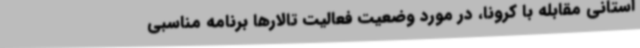
استانی مقابله با کرونا، در مورد وضعیت فعالیت تالارها برنامه مناسبی